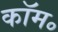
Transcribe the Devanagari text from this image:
कॉम॰